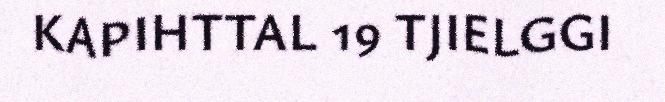
KAPIHTTAL 19 TJIELGGI